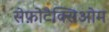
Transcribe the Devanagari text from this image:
सेफ़ोटैक्सिओम